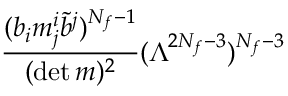
\frac { ( b _ { i } m _ { j } ^ { i } \tilde { b } ^ { { j } } ) ^ { N _ { f } - 1 } } { ( \operatorname * { d e t } m ) ^ { 2 } } ( \Lambda ^ { 2 N _ { f } - 3 } ) ^ { N _ { f } - 3 }